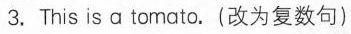
3.This is a tomato.(改为复数句)